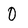
Character: 0